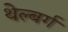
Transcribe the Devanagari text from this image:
थेल्बर्ग